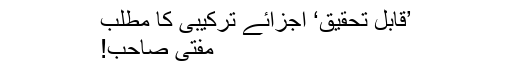
’قابل تحقیق‘ اجزائے ترکیبی کا مطلب
مفتی صاحب!